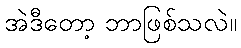
အဲဒီတော့ ဘာဖြစ်သလဲ။